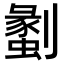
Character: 𠠞